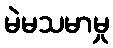
မဲမသမာမှု